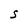
Character: S